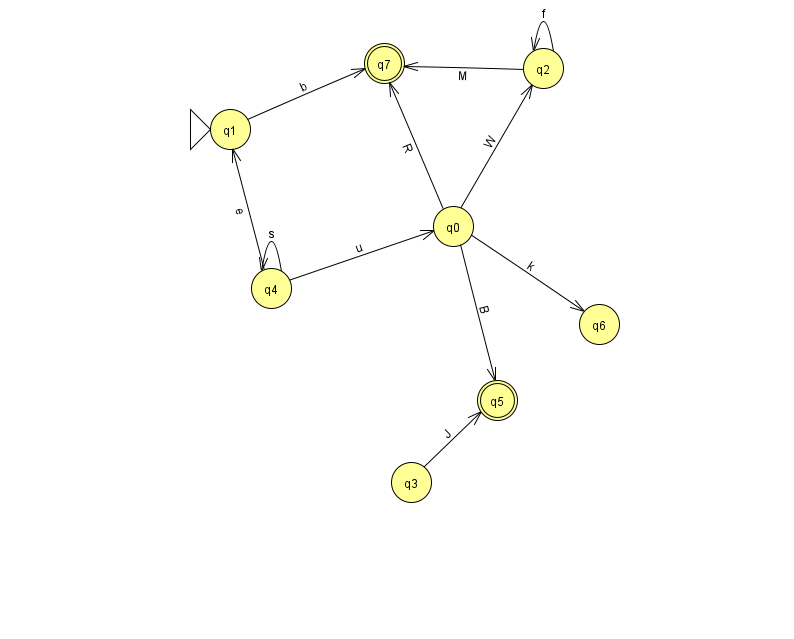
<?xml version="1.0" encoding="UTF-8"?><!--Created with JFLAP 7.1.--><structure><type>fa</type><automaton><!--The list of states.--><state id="0" name="q0"><x>453.0</x><y>213.0</y></state><state id="1" name="q1"><x>230.0</x><y>116.0</y><initial/></state><state id="2" name="q2"><x>543.0</x><y>55.0</y></state><state id="3" name="q3"><x>411.0</x><y>469.0</y></state><state id="4" name="q4"><x>271.0</x><y>275.0</y></state><state id="5" name="q5"><x>497.0</x><y>387.0</y><final/></state><state id="6" name="q6"><x>599.0</x><y>311.0</y></state><state id="7" name="q7"><x>384.0</x><y>50.0</y><final/></state><!--The list of transitions.--><transition><from>0</from><to>7</to><read>R</read></transition><transition><from>1</from><to>7</to><read>b</read></transition><transition><from>0</from><to>5</to><read>B</read></transition><transition><from>4</from><to>0</to><read>u</read></transition><transition><from>4</from><to>1</to><read>e</read></transition><transition><from>4</from><to>4</to><read>s</read></transition><transition><from>3</from><to>5</to><read>J</read></transition><transition><from>2</from><to>2</to><read>f</read></transition><transition><from>2</from><to>7</to><read>M</read></transition><transition><from>0</from><to>6</to><read>k</read></transition><transition><from>0</from><to>2</to><read>W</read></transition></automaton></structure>